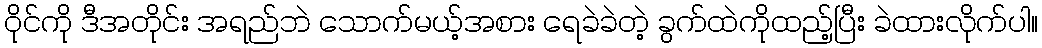
ဝိုင်ကို ဒီအတိုင်း အရည်ဘဲ သောက်မယ့်အစား ရေခဲခဲတဲ့ ခွက်ထဲကိုထည့်ပြီး ခဲထားလိုက်ပါ။